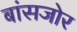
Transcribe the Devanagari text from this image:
बांसजोर